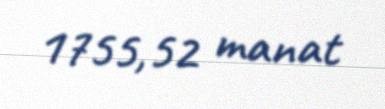
1755,52 manat